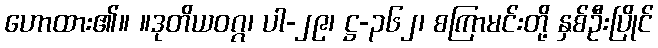
ဟောထား၏။ ။ဒုတိယဝဂ္ဂ၊ ပါ-၂၉၊ ဋ္ဌ-၃၆၂၊ စကြာမင်းတို့ နှစ်ဦးပြိုင်